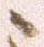
候